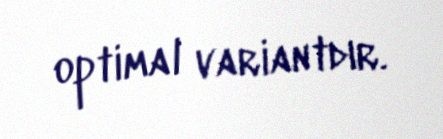
optimal variantdır.